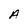
Character: A